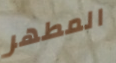
المطهر